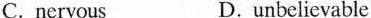
C. nervous D.unbelievable